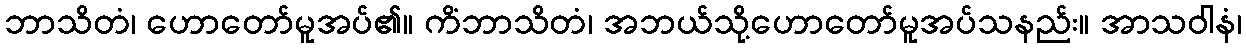
ဘာသိတံ၊ ဟောတော်မူအပ်၏။ ကိံဘာသိတံ၊ အဘယ်သို့ဟောတော်မူအပ်သနည်း။ အာသဝါနံ၊